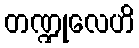
တဏ္ဍုလေဟိ